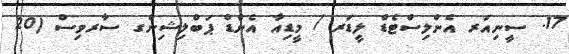
17. ސީނިއަރ އެންލިސްޓެޑް ލީޑަރ / މީޑިއާ އެންޑް ޕަބްލިޝިންގ ސާރވިސް (20